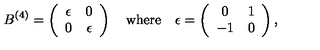
B ^ { ( 4 ) } = \left( \begin{array} { c c } { \epsilon } & { 0 } \\ { 0 } & { \epsilon } \\ \end{array} \right) \quad \mathrm { w h e r e } \quad \epsilon = \left( \begin{array} { c c } { 0 } & { 1 } \\ { - 1 } & { 0 } \\ \end{array} \right) ,